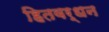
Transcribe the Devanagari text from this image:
हितवर्धन